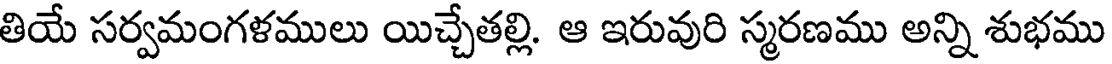
తియే సర్వమంగళములు యిచ్చేతల్లి. ఆ ఇరువురి స్మరణము అన్ని శుభము